Plague in India, 1896, 1897 - Volume 3
Year: 1896
Disease focus: Plague
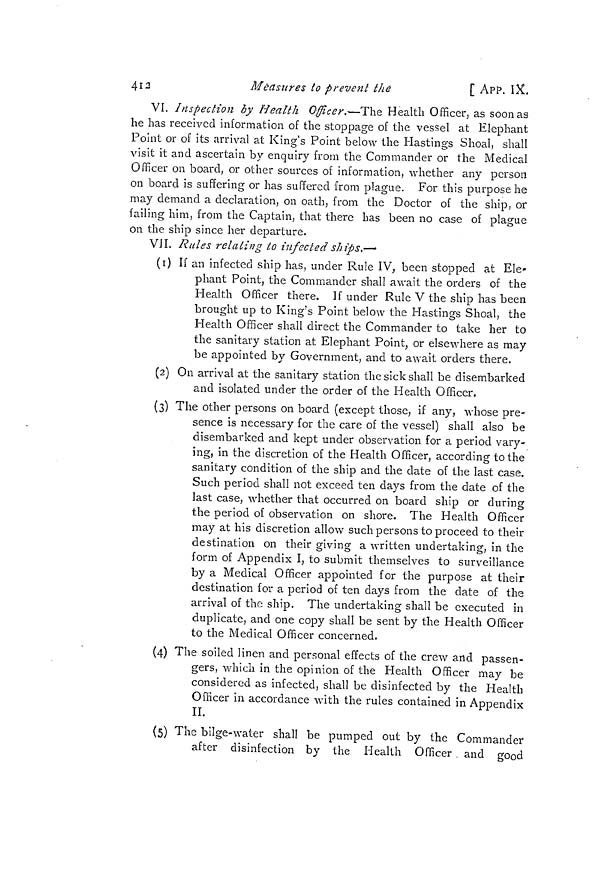
412
Measures lo prevent ¿he
[ APP.. IX.
VI. Inspection by Health Officer,—The Health Officer, as soon as
he has received information of the stoppage of the vessel at Elephant
Point or of its arrival at King's Point below the Hastings Shoal, shall
visit it and ascertain by enquiry from the Commander or the Medical
Officer on board, or other sources of information, whether any person
on board is suffering or has suffered from plague. For this purpose he
may demand a declaration, on oath, from the Doctor of the ship, or
failing him, from the Captain, that there has been no case of plague
on the ship since her departure.
VJI. Rules relating to infected ships.—
(r) If an infected ship has, under Rule IV, been stopped at Ele-
phant Point, the Commander shall await the orders of the
Health Officer there. If under Rule V the ship has been
brought up to King's Point below the Hastings Shoal, the
Health Officer shall direct the Commander to take her to
the sanitary station at Elephant Point, or elsewhere as may
be appointed by Government, and to await orders there.
(2) On arrival at the sanitary station the sick shall be disembarked
and isolated under the order of the Health Officer.
(3) The other persons on board (except those, if any, whose pre-
sence is necessary for the care of the vessel) shall also be
disembarked and kept under observation for a period vary-
ing, in the discretion of the Health Officer, according to the
sanitary condition of the ship and the date of the last case.
Such period shall not exceed ten days from the date of the
last case, whether that occurred on board ship or during
the period of observation on shore. The Health Officer
may at his discretion allow such persons to proceed to their
destination on their giving a written undertaking, in the
form of Appendix I, to submit themselves to surveillance
by a Medical Officer appointed for the purpose at their
destination for a period of ten days from the date of the
arrival of the ship. The undertaking shall be executed in
duplicate, and one copy shall be sent by the Health Officer
to the Medical Officer concerned.
(4) The soiled linen and personal effects of the crew and passen-
gers, which in the opinion of the Health Officer may be
considered as infected, shall be disinfected by the Health
Officer in accordance with the rules contained in Appendix
II.
(5) The bilge-water shall be pumped out by the Commander
after disinfection by the Health Officer and good